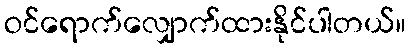
ဝင်ရောက်လျှောက်ထားနိုင်ပါတယ်။